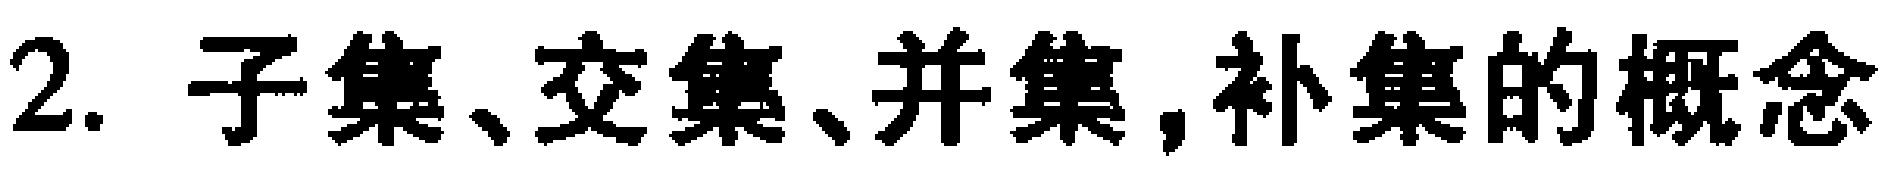
2. 子集、交集、并集,补集的概念